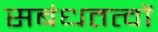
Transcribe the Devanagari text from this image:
सबंधतत्वों